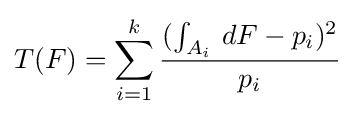
T(F)=\sum _{i=1}^{k}{\frac {(\int _{A_{i}}\,dF-p_{i})^{2}}{p_{i}}}